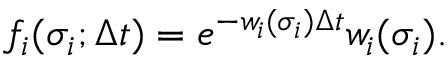
\begin{array} { r } { f _ { i } ( \sigma _ { i } ; \Delta t ) = e ^ { - w _ { i } ( \sigma _ { i } ) \Delta t } w _ { i } ( \sigma _ { i } ) . } \end{array}